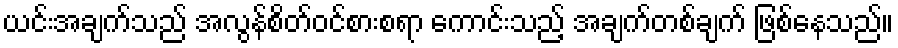
ယင်းအချက်သည် အလွန်စိတ်ဝင်စားစရာ ကောင်းသည့် အချက်တစ်ချက် ဖြစ်နေသည်။